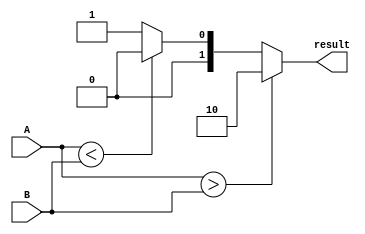
module magnitude_comparator(
  input [7:0] A, // n-bit input vector A
  input [7:0] B, // n-bit input vector B
  output reg [1:0] result // 2-bit output vector result
);

always @(*) begin
  if (A > B) begin
    result = 2'b10; // A is greater than B
  end else if (A < B) begin
    result = 2'b00; // A is less than B
  end else begin
    result = 2'b01; // A is equal to B
  end
end

endmodule